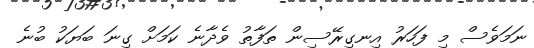
ނަމަވެސް މި ފަހަރު އިނގިރޭސިން ތަފާތު ވެދާނެ ކަމަށް ގިނަ ބަޔަކު ބުނެ